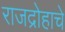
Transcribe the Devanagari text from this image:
राजद्रोहाचे